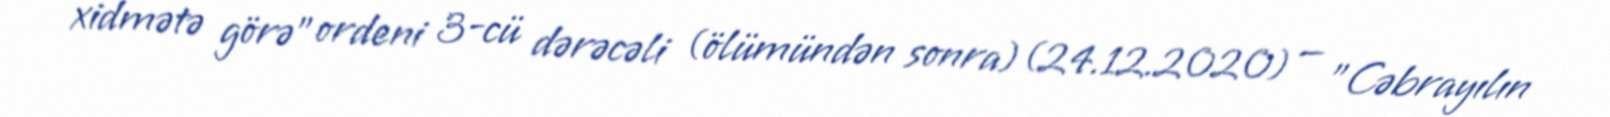
xidmətə görə" ordeni 3-cü dərəcəli (ölümündən sonra) (24.12.2020) — "Cəbrayılın